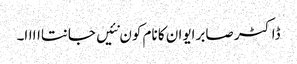
ڈاکٹر صابر ایوان کا نام کون نئیں جانتااااا۔